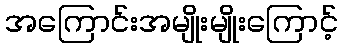
အကြောင်းအမျိုးမျိုးကြောင့်